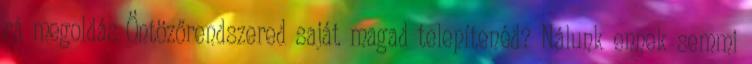
rá megoldás Öntözőrendszered saját magad telepítenéd? Nálunk ennek semmi